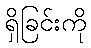
ရှိခြင်းကို